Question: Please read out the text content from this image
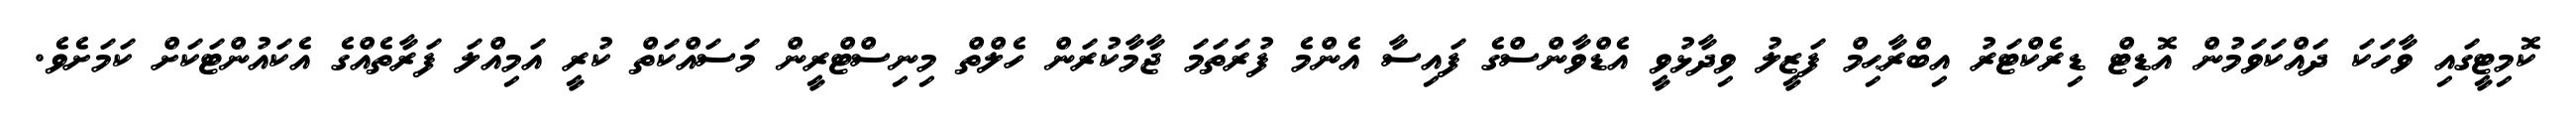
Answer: ކޮމިޓީގައި ވާހަކަ ދައްކަވަމުން އޮޑިޓް ޑިރެކްޓަރު އިބްރާޙިމް ފަޒީލު ވިދާޅުވީ އެޑްވާންސްގެ ފައިސާ އެންމެ ފުރަތަމަ ޖާމާކުރަން ހެލްތް މިނިސްޓްރީން މަސައްކަތް ކުރީ އަމިއްލަ ފަރާތެއްގެ އެކައުންޓަކަށް ކަމަށެވެ.